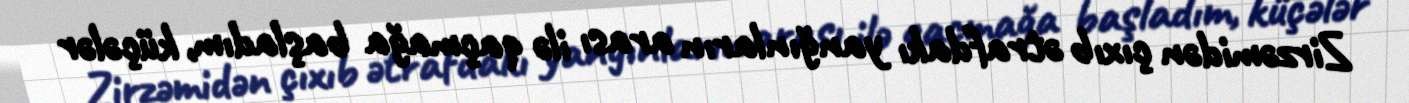
Zirzəmidən çıxıb ətrafdakı yanğınların arası ilə qaçmağa başladım, küçələr